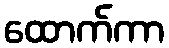
ထောက်ကာ